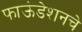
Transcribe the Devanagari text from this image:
फाऊंडेशनचे